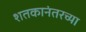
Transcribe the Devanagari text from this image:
शतकानंतरच्या